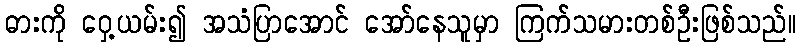
ဓားကို ဝှေ့ယမ်း၍ အသံပြာအောင် အော်နေသူမှာ ကြက်သမားတစ်ဦးဖြစ်သည်။